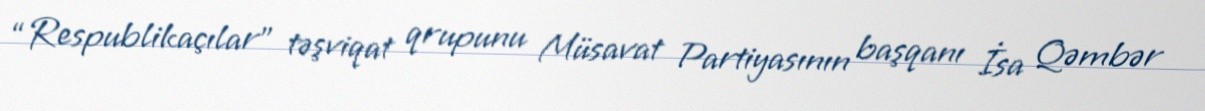
“Respublikaçılar” təşviqat qrupunu Müsavat Partiyasının başqanı İsa Qəmbər